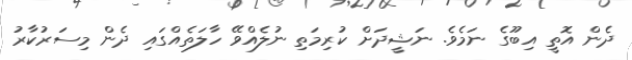
ދެން އޮތީ އިބޫގެ ނަމެވެ. ނަޝީދަށް ކުރިމަތި ނުލެއްވޭ ހާލަތެއްގައި ދެން މިސަރުކާރު